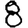
Digit: 8